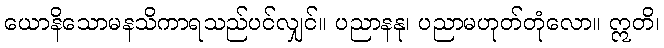
ယောနိသောမနသိကာရသည်ပင်လျှင်။ ပညာနနု၊ ပညာမဟုတ်တုံလော။ ဣတိ၊